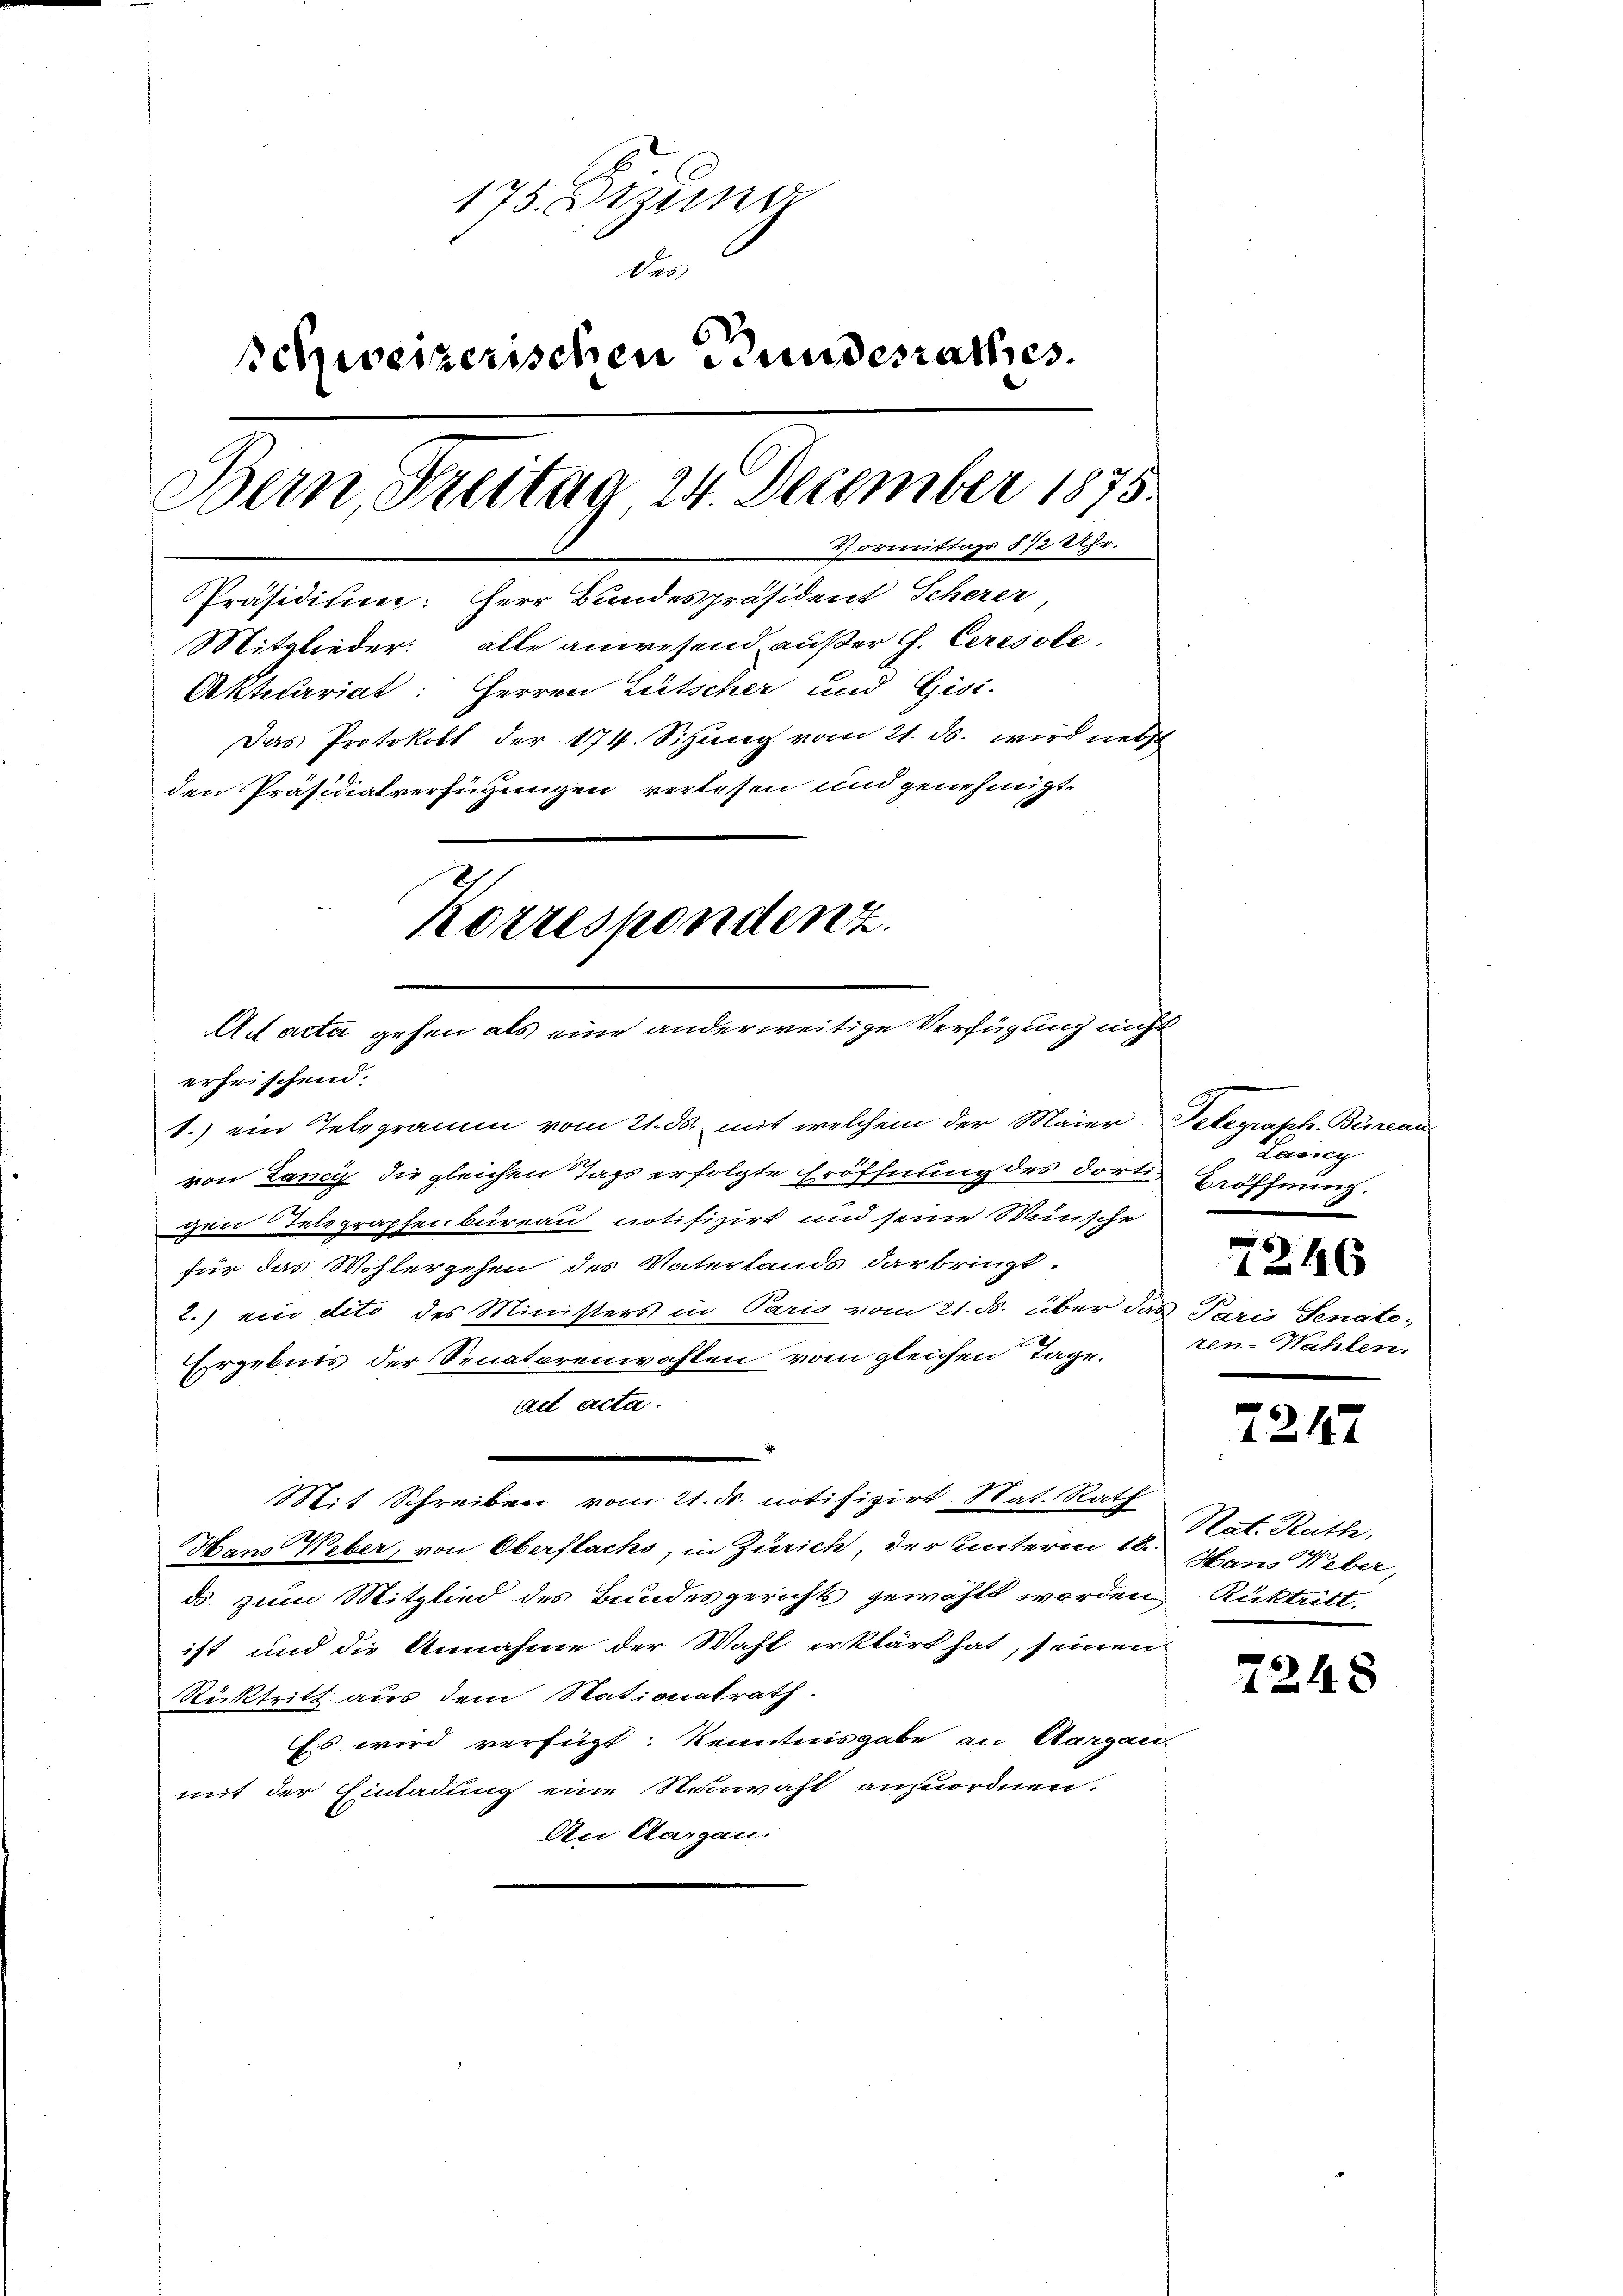
175. Sizung
des
schweizerischen Bundesrathes.
Bern, Freitag 24. December 1875.
Vormittags 872 Uhr.
Präsidium: Herr Bundespräsident Scherer
Mitglieder: alle anwesend außer C. Ceresole,
Aktecariat: Herren Lütscher und Gisi-
Das Protokoll der 174. Sitzung vom 21. ds. wird nebst
den Präsidialverfügungen verlesen und genehmigt.
Korrespondenz.
Ad acta gehen als eine anderweitige Verfügung nicht

erheischend.
t.) ein Telegramm vom 21. ds. mit welchem der Maier
von Lancis die gleichen Tags erfolgte Eröffnung des dortigen Telegraphenbureau notifizirt und seine Wünsche
für das Wohlergehen des Vaterlands darbringt.
2.) ein deto des Ministers in Paris vom 21. ds. über das Paris Senate¬
Ergebnis der Senatorenwahlen vom gleichen Tage.
ad acta.
Mit Schreiben vom 21. d. notifizirt. Nat. Rath
Hans Weber, von Oberflachs, in Zürich, der Unterm 18.
ds. zum Mitglied des Bundesgerichts gewählt worden Rücktritt.
ist und die Annahme der Wahl erklärt hat, seinen
Rücktritt aus dem Stationalrath.
Es wird verfügt: Kenntnisgabe an Aargau
mit der Einladung eine Neuwahl anzuordnen.
An Aargau.

Gelegrath Bärend
Lavicy
Bröffnung.
6
f 24 x
zen-Wahlen.

2247

Rat. Rath,
Hans Weber,

7248